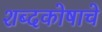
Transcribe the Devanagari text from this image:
शब्दकोषाचे